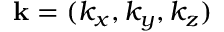
\mathbf { k } = ( k _ { x } , k _ { y } , k _ { z } )